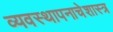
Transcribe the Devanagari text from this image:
व्यवस्थापनाचेशास्त्र